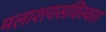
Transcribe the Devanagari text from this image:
मलाशयसधिस्थल